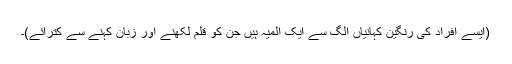
(ایسے افراد کی رنگین کہانیاں الگ سے ایک المیہ ہیں جن کو قلم لکھنے اور زبان کہنے سے کترائے)۔